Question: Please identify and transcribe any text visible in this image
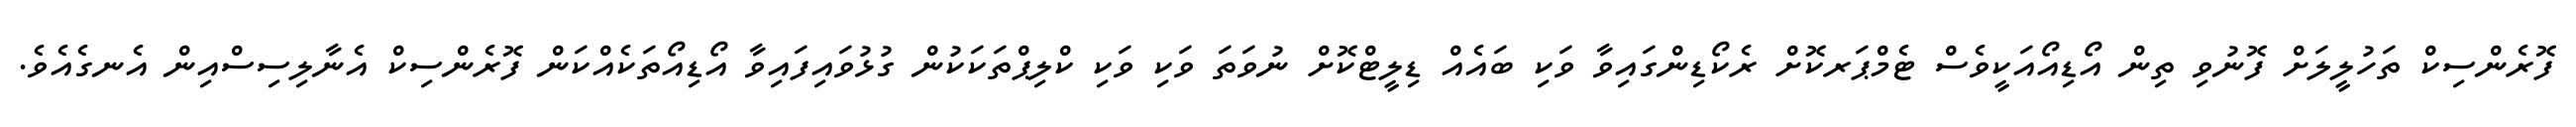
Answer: ފޮރެންސިކް ތަހުލީލަށް ފޮނުވި ތިން އޯޑިއޯއަކީވެސް ޓެމްޕަރކޮށް ރެކޯޑިންގައިވާ ވަކި ބައެއް ޑިލީޓްކޮށް ނުވަތަ ވަކި ވަކި ކްލިޕްތަކަކުން ގުޅުވައިފައިވާ އޯޑިއޯތަކެއްކަން ފޮރެންސިކް އެނާލިސިސްއިން އެނގެއެވެ.